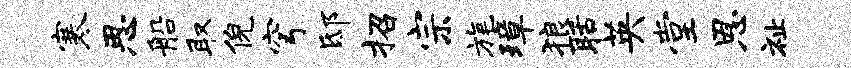
寒思船取倪穹邸招宗旄璋狼聒英堂恩祉